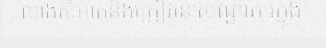
លាងសំអាតនិងក្រៀវនៅសណ្ឋាគារក្នុង